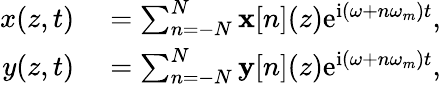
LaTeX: \begin{array}{rl}{x(z,t)}&{{}=\sum_{n=-N}^{N}\mathbf{x}[n](z)\textrm{e}^{\textrm{i}(\omega+n\omega_{m})t},}\\ {y(z,t)}&{{}=\sum_{n=-N}^{N}\mathbf{y}[n](z)\textrm{e}^{\textrm{i}(\omega+n\omega_{m})t},}\end{array}